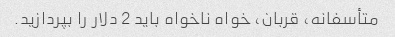
متأسفانه، قربان، خواه ناخواه باید 2 دلار را بپردازید.